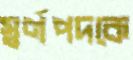
স্বর্ণপদকে